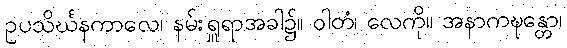
ဥပသိင်္ဃနကာလေ၊ နမ်းရှူရာအခါ၌။ ဝါတံ၊ လေကို။ အနာကဍ္ဎန္တော၊